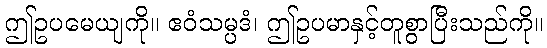
ဤဥပမေယျကို။ ဧဝံသမ္ပဒံ၊ ဤဥပမာနှင့်တူစွာပြီးသည်ကို။